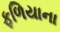
ફળિયાના